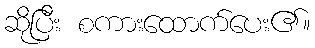
ဆိုပြီး စကားထောက်ပေး၏။